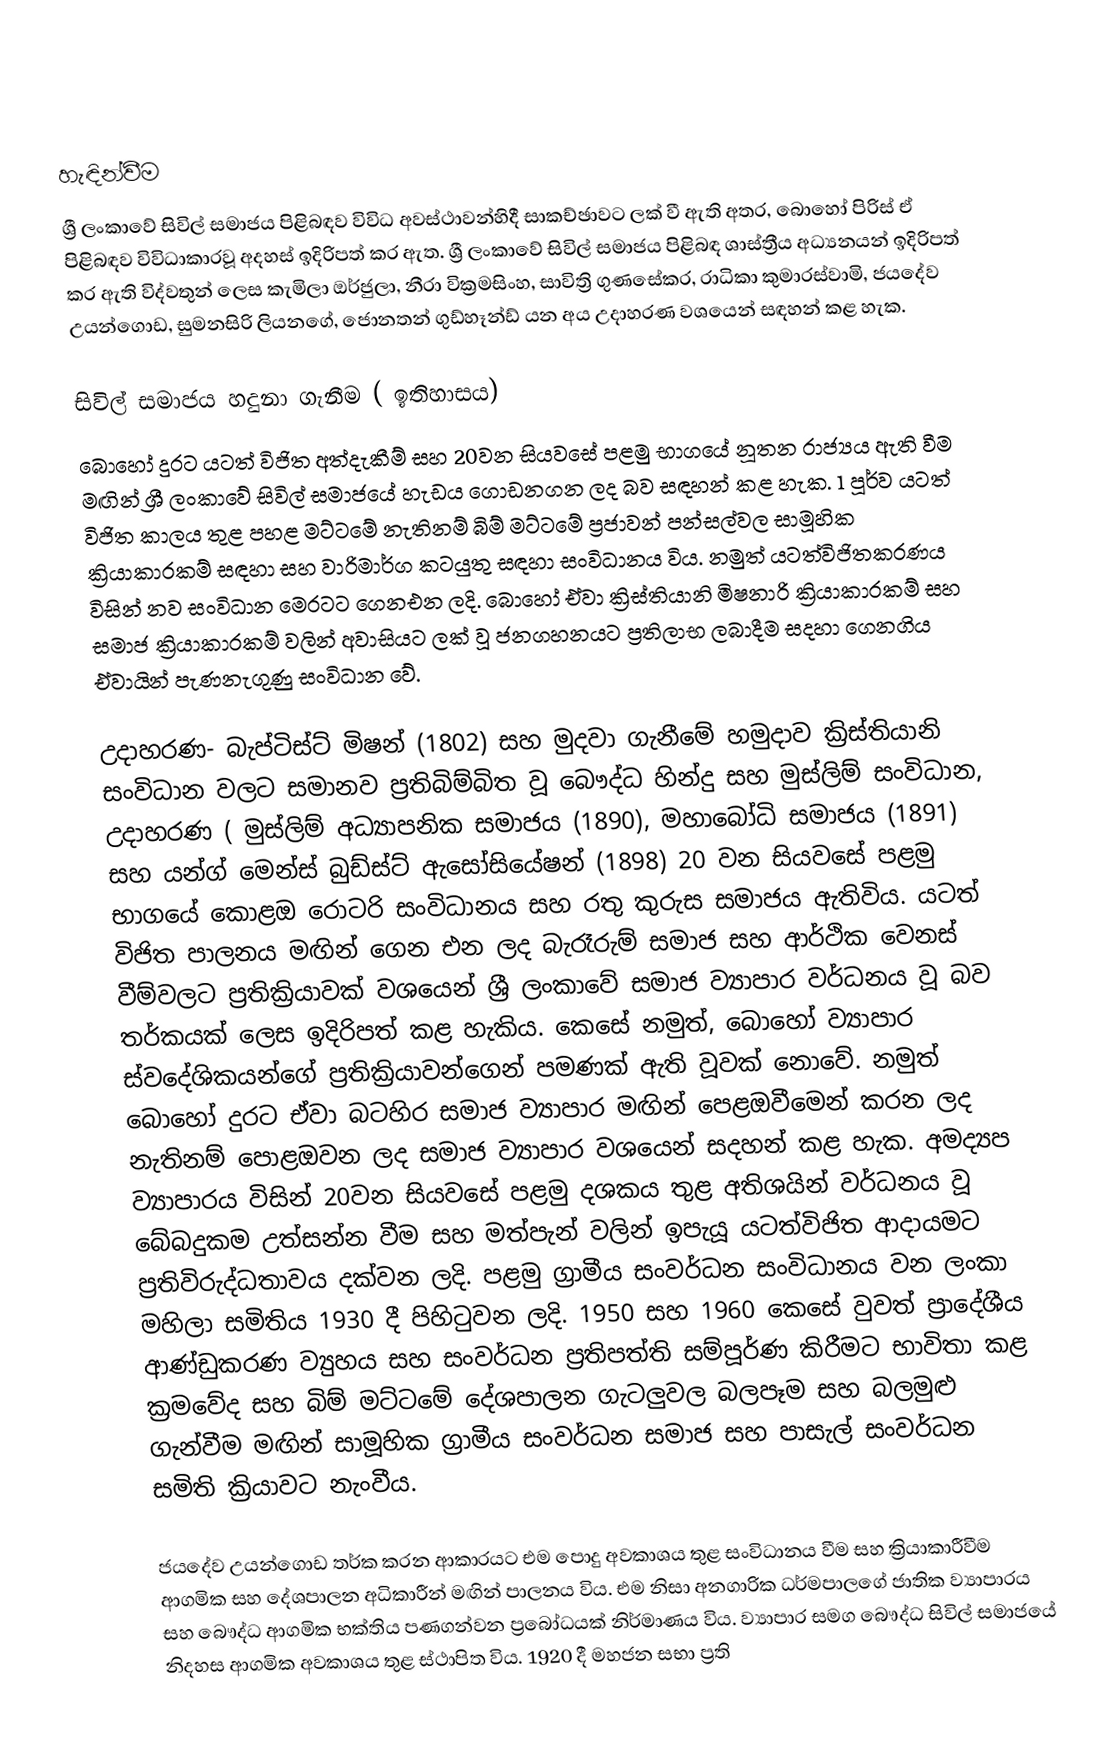

හැඳින්වීම
ශ්‍රී ලංකාවේ සිවිල් සමාජය පිළිබඳව විවිධ අවස්ථාවන්හිදී සාකච්ඡාවට ලක් වී ඇති අතර, බොහෝ පිරිස් ඒ පිළිබඳව විවිධාකාරවූ අදහස් ඉදිරිපත් කර ඇත. ශ්‍රී ලංකාවේ සිවිල් සමාජය පිළිබඳ ශාස්ත්‍රීය අධ්‍යනයන් ඉදිරිපත් කර ඇති විද්වතුන් ලෙස කැමිලා ඔර්ජුලා, නීරා වික්‍රමසිංහ, සාවිත්‍රි ගුණසේකර, රාධිකා කුමාරස්වාමි, ජයදේව උයන්ගොඩ, සුමනසිරි ලියනගේ, ජොනතන් ගුඩ්හෑන්ඩ් යන අය උදාහරණ වශයෙන් සඳහන් කළ හැක.

සිවිල් සමාජය හදුනා ගැනීම ( ඉතිහාසය)
බොහෝ දුරට යටත් විජිත අත්දැකීම් සහ 20වන සියවසේ පළමු භාගයේ නූතන රාජ්‍යය ඇති වීම මඟින් ශ්‍රී ලංකාවේ සිවිල් සමාජයේ හැඩය ගොඩනගන ලද බව සඳහන් කළ හැක. 1 පූර්ව යටත් විජිත කාලය තුළ පහළ මට්ටමේ නැතිනම් බිම් මට්ටමේ ප්‍රජාවන් පන්සල්වල සාමූහික ක්‍රියාකාරකම් සඳහා සහ වාරිමාර්ග කටයුතු සඳහා සංවිධානය විය. නමුත් යටත්විජිතකරණය විසින් නව සංවිධාන මෙරටට ගෙනඑන ලදි. බොහෝ ඒවා ක්‍රිස්තියානි මිෂනාරි ක්‍රියාකාරකම් සහ සමාජ ක්‍රියාකාරකම් වලින් අවාසියට ලක් වූ ජනගහනයට ප්‍රතිලාභ ලබාදීම සදහා ගෙනගිය ඒවායින් පැණනැගුණු සංවිධාන වේ.

උදාහරණ-  බැප්ටිස්ට් මිෂන් (1802) සහ මුදවා ගැනීමේ හමුදාව ක්‍රිස්තියානි සංවිධාන වලට සමානව ප්‍රතිබිම්බිත වූ බෞද්ධ හින්දු සහ මුස්ලිම් සංවිධාන, උදාහරණ ( මුස්ලිම් අධ්‍යාපනික සමාජය (1890), මහාබෝධි සමාජය (1891) සහ යන්ග් මෙන්ස් බුඩ්ස්ට් ඇසෝසියේෂන් (1898) 20 වන සියවසේ පළමු භාගයේ කොළඔ රොටරි සංවිධානය සහ රතු කුරුස සමාජය ඇතිවිය. යටත් විජිත පාලනය මඟින් ගෙන එන ලද බැරෑරුම් සමාජ සහ ආර්ථික වෙනස් වීම්වලට ප්‍රතික්‍රියාවක් වශයෙන් ශ්‍රී ලංකාවේ සමාජ ව්‍යාපාර වර්ධනය වූ බව  තර්කයක් ලෙස ඉදිරිපත් කළ හැකිය. කෙසේ නමුත්, බොහෝ ව්‍යාපාර ස්වදේශිකයන්ගේ ප්‍රතික්‍රියාවන්ගෙන් පමණක් ඇති වූවක් නොවේ. නමුත් බොහෝ දුරට ඒවා බටහිර සමාජ ව්‍යාපාර මඟින් පෙළඔවීමෙන් කරන ලද නැතිනම් පොළඔවන ලද සමාජ ව්‍යාපාර වශයෙන් සදහන් කළ හැක. අමද්‍යප ව්‍යා‍පාරය විසින් 20වන සියවසේ පළමු දශකය තුළ අතිශයින් වර්ධනය වූ බේබදුකම උත්සන්න වීම සහ මත්පැන් වලින් ඉපැයූ යටත්විජිත ආදායමට ප්‍රතිවිරුද්ධතාවය දක්වන ලදි. පළමු ග්‍රාමීය සංවර්ධන සංවිධානය වන ලංකා මහිලා සමිතිය 1930 දී පිහිටුවන ලදි. 1950 සහ 1960 කෙසේ වුවත් ප්‍රාදේශීය ආණ්ඩුකරණ ව්‍යුහය සහ සංවර්ධන ප්‍රතිපත්ති සම්පූර්ණ කිරීමට භාවිතා කළ ක්‍රමවේද සහ බිම් මට්ටමේ දේශපාලන ගැටලුවල බලපෑම සහ බලමුළු ගැන්වීම මඟින් සාමූහික ග්‍රාමීය සංවර්ධන සමාජ සහ පාසැල් සංවර්ධන සමිති ක්‍රියාවට නැංවීය.

ජයදේව උයන්ගොඩ තර්ක කරන ආකාරයට එම පොදු අවකාශය තුළ සංවිධානය වීම සහ ක්‍රියාකාරීවීම ආගමික සහ දේශපාලන අධිකාරීන් මඟින් පාලනය විය. එම නිසා අනගාරික ධර්මපාලගේ ජාතික ව්‍යාපාරය සහ බෞද්ධ ආගමික භක්තිය පණගන්වන ප්‍රබෝධයක් නිර්මාණය විය. ව්‍යාපාර සමග බෞද්ධ සිවිල් සමාජයේ නිදහස ආගමික අවකාශය තුළ ස්ථාපිත විය. 1920 දී මහජන සභා ප්‍රති